Vaccination in Burma 1900-1911 - 1900-1911
Year: 1900
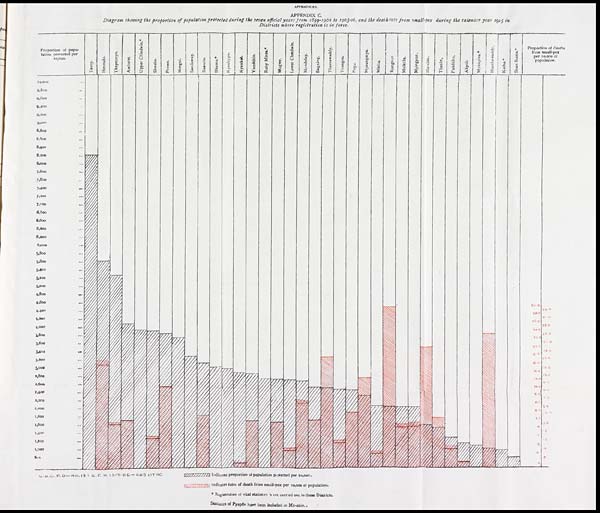
APPENDICES.
APPENDIX C.
Diagram showing the proportion of population protected during the seven official years from 1899-1900 to 1905-06, and the death-rate from small-pox during the calender year 1905 in
Districts where registration is in force.
G.B.C.P.O—NO.13 I.G.C.H.13-1-06—405 LIT HO.